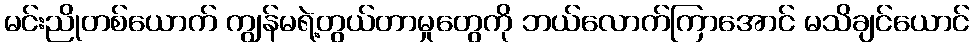
မင်းညိုတစ်ယောက် ကျွန်မရဲ့တွယ်တာမှုတွေကို ဘယ်လောက်ကြာအောင် မသိချင်ယောင်